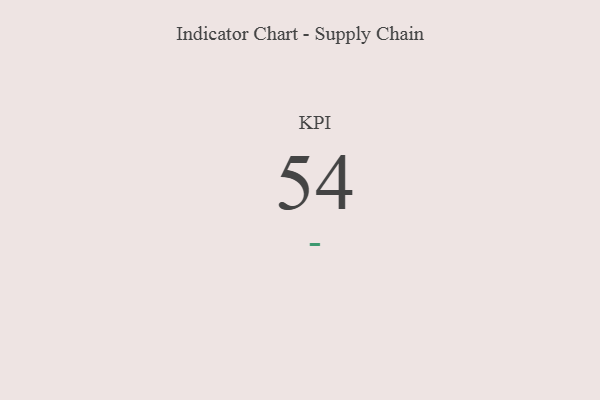
{"axis": {"x": "KPI", "y": "Value"}, "legend": [""], "data": [{"x": "KPI", "y": 54, "type": ""}]}